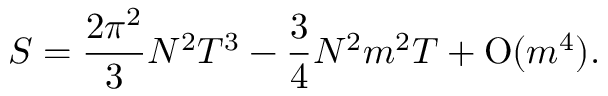
{ \cal S } = \frac { 2 \pi ^ { 2 } } { 3 } N ^ { 2 } T ^ { 3 } - \frac { 3 } { 4 } N ^ { 2 } m ^ { 2 } T + \mathrm { O } ( m ^ { 4 } ) .